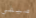
صيفي